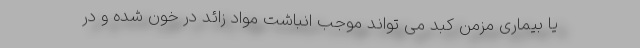
یا بیماری مزمن کبد می تواند موجب انباشت مواد زائد در خون شده و در